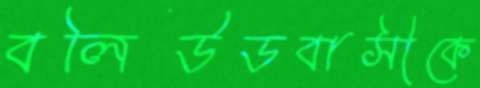
বলিউডবাসীকে